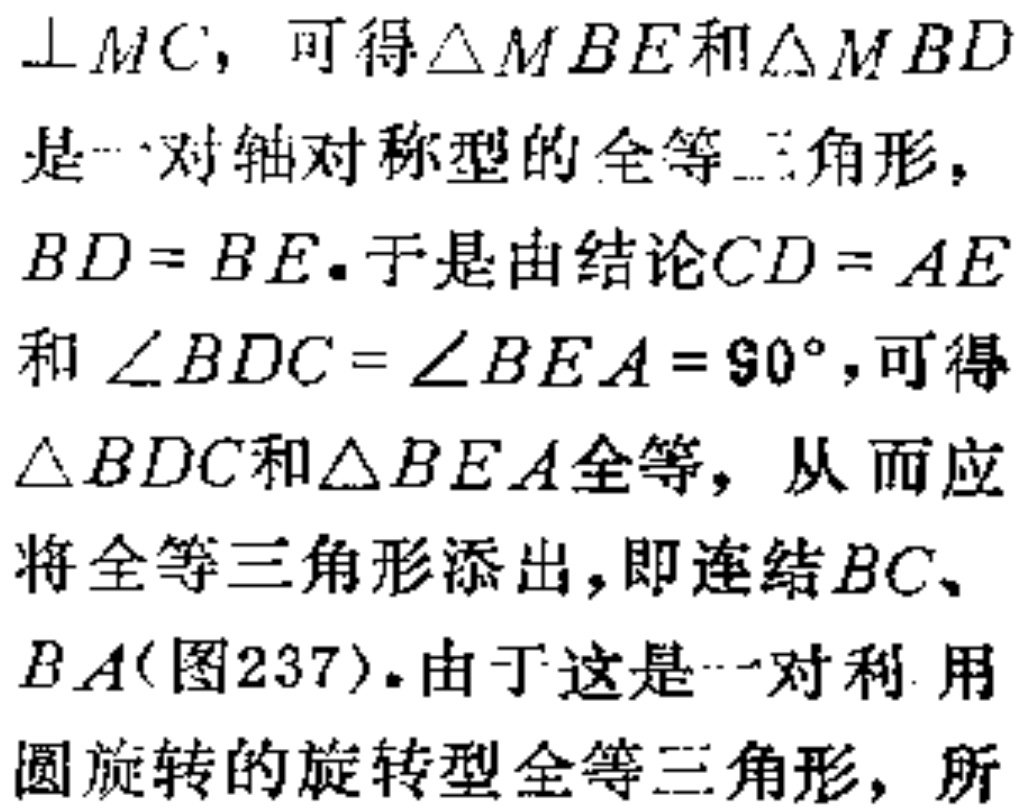
$\perp MC$，可得$\triangle MBE$和$\triangle MBD$是一对轴对称型的全等三角形，$BD = BE$. 于是由结论$CD = AE$和$\angle BDC=\angle BEA = 90^{\circ}$，可得$\triangle BDC$和$\triangle BEA$全等，从而应将全等三角形添出，即连结$BC$、$BA$(图237). 由于这是一对利用圆旋转的旋转型全等三角形，所